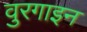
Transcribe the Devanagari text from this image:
वुरगाइन